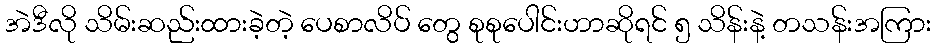
အဲဒီလို သိမ်းဆည်းထားခဲ့တဲ့ ပေစာလိပ် တွေ စုစုပေါင်းဟာဆိုရင် ၅ သိန်းနဲ့ တသန်းအကြား